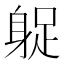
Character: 𨉌